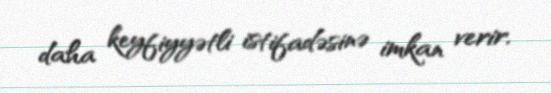
daha keyfiyyətli istifadəsinə imkan verir.